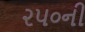
૨૫૦ની